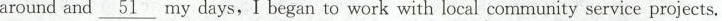
around and\underline{51} my days,I began to work with local community service projects.